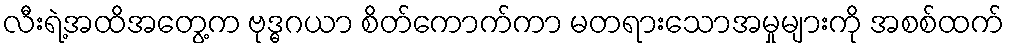
လီးရဲ့အထိအတွေ့က ဗုဒ္ဓဂယာ စိတ်ကောက်ကာ မတရားသောအမှုများကို အစစ်ထက်